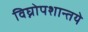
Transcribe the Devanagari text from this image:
विघ्नोपशान्तये